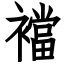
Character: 襠